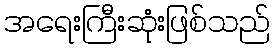
အရေးကြီးဆုံးဖြစ်သည်